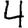
Digit: 4